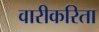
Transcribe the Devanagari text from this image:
वारीकरिता